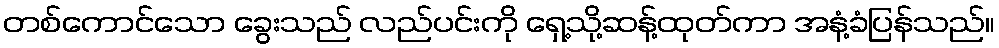
တစ်ကောင်သော ခွေးသည် လည်ပင်းကို ရှေ့သို့ဆန့်ထုတ်ကာ အနံ့ခံပြန်သည်။